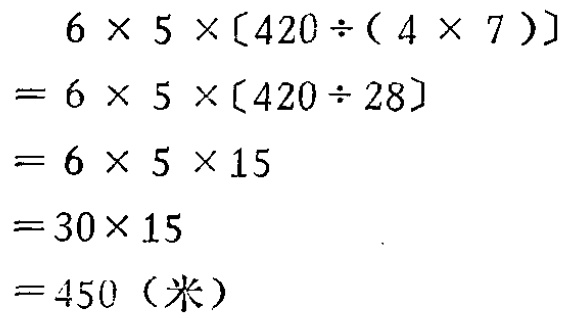
\[
\begin{align*}
&6\times5\times[420\div(4\times7)]\\
=&6\times5\times[420\div28]\\
=&6\times5\times15\\
=&30\times15\\
=&450（米）
\end{align*}
\]